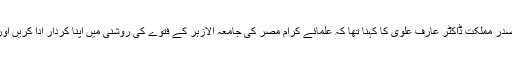
اس سے قبل ویڈیو کانفرنس سے خطاب کرتے ہوئے صدر مملکت ڈاکٹر عارف علوی کا کہنا تھا کہ علمائے کرام مصر کی جامعہ الازہر کے فتوے کی روشنی میں اپنا کردار ادا کریں اور لوگوں کو درس دیں کہ وہ گھروں میں نماز ادا کریں۔